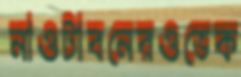
নাওটাবনেরওভেক